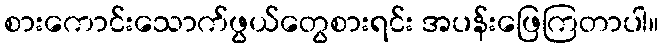
စားကောင်းသောက်ဖွယ်တွေစားရင်း အပန်းဖြေကြတာပါ။